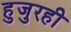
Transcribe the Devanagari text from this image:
हुजुरही